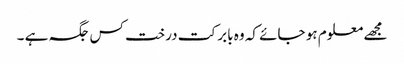
مجھے معلوم ہو جائے کہ وہ بابر کت درخت کس جگہ ہے ۔